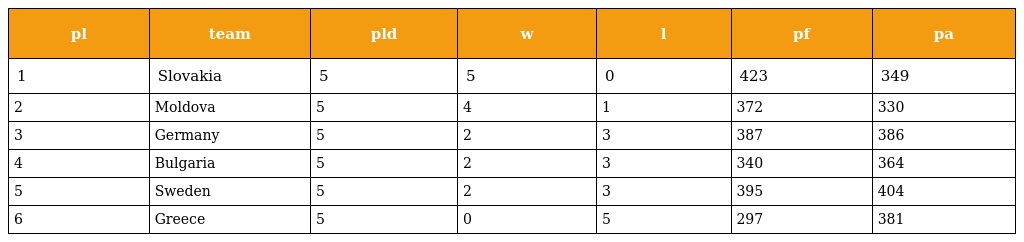
| pl | team | pld | w | l | pf | pa |
 | --- | --- | --- | --- | --- | --- | --- |
 | 1 | Slovakia | 5 | 5 | 0 | 423 | 349 |
 | 2 | Moldova | 5 | 4 | 1 | 372 | 330 |
 | 3 | Germany | 5 | 2 | 3 | 387 | 386 |
 | 4 | Bulgaria | 5 | 2 | 3 | 340 | 364 |
 | 5 | Sweden | 5 | 2 | 3 | 395 | 404 |
 | 6 | Greece | 5 | 0 | 5 | 297 | 381 |